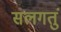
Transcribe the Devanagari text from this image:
सलगतुं